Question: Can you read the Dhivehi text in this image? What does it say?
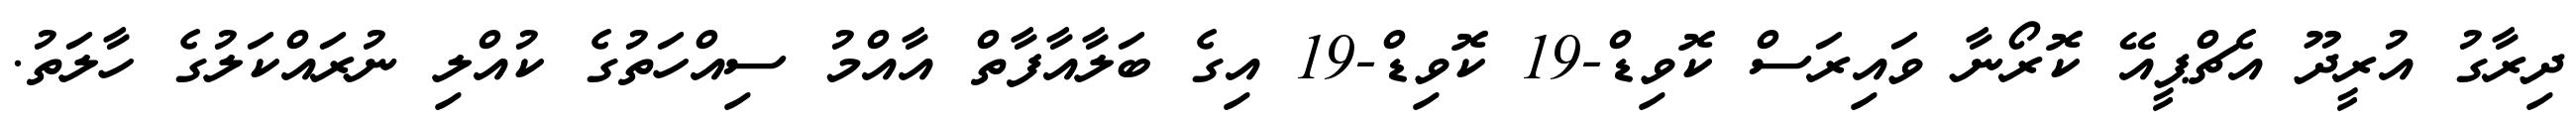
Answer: ދިރާގު އުރީދޫ އެޗްޕީއޭ ކޮރޯނާ ވައިރަސް ކޮވިޑް-19 ކޮވިޑް-19 އިގެ ބަލާއާފާތް އާއްމު ސިއްހަތުގެ ކުއްލި ނުރައްކަލުގެ ހާލަތު.